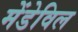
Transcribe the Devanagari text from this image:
मेंडेविल